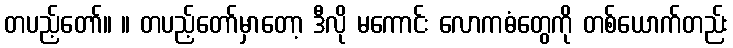
တပည့်တော်။ ။ တပည့်တော်မှာတော့ ဒီလို မကောင်း လောကဓံတွေကို တစ်ယောက်တည်း